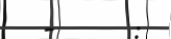
-      :